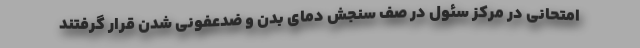
امتحانی در مرکز سئول در صف سنجش دمای بدن و ضدعفونی شدن قرار گرفتند